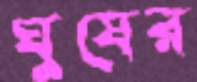
ঘুষের